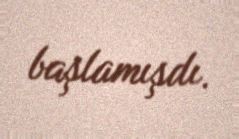
başlamışdı.